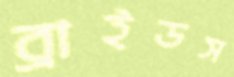
ব্রাইডস